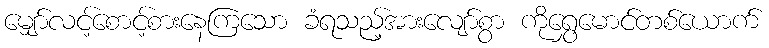
မျှော်လင့်စောင့်စားနေကြသော ခံရသည့်အားလျော်စွာ ကိုရွှေမောင်တစ်ယောက်